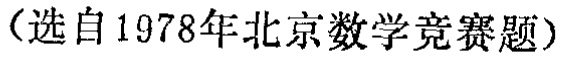
（选自1978年北京数学竞赛题）